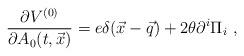
LaTeX: \begin{align*}{\partial V^{(0)}\over\partial A_0(t,\vec x)}= e \delta(\vec x-\vec q) +2\theta\partial^i\Pi_i~,\end{align*}